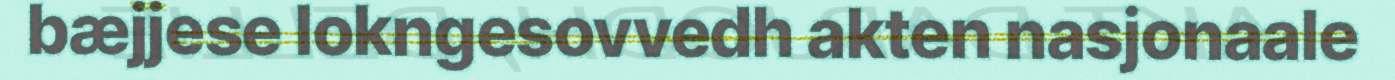
bæjjese lokngesovvedh akten nasjonaale